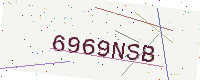
Text: 6969NSB